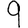
Digit: 9